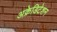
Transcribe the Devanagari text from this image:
अक्रेडिटेशन